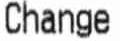
CHANGE